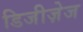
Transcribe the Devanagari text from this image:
डिजीज़ेज